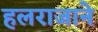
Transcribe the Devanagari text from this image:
हलराजाने